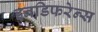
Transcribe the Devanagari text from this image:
इनडिफरेन्स